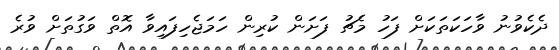
ދެކެވުނު ވާހަކަތަކަށް ފަހު މެޗު ފަށަން ކުރިން ހަމަޖެހިފައިވާ އޮތް ވަގުތަށް ވުރެ